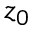
z _ { 0 }